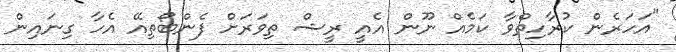
"އަހަރެން ކުރާހިތްވާ ކަމެއް ނޫން އެއީ ރީޝް ތިވަރަށް ފެންބޯތިއޭ އެހާ ގިނައިން